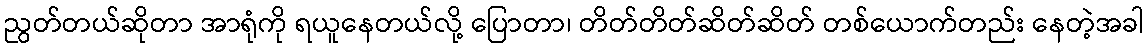
ညွတ်တယ်ဆိုတာ အာရုံကို ရယူနေတယ်လို့ ပြောတာ၊ တိတ်တိတ်ဆိတ်ဆိတ် တစ်ယောက်တည်း နေတဲ့အခါ